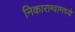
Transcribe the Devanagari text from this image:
निकाराग्वामध्ये